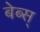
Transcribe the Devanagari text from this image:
बेब्स्